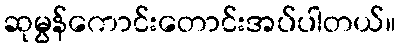
ဆုမွန်ကောင်းတောင်းအပ်ပါတယ်။